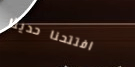
افتتحنا حديثاً